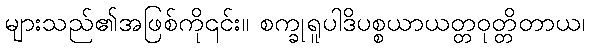
များသည်၏အဖြစ်ကို၎င်း။ စက္ခုရူပါဒိပစ္စယာယတ္တဝုတ္တိတာယ၊